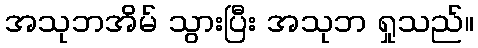
အသုဘအိမ် သွားပြီး အသုဘ ရှုသည်။